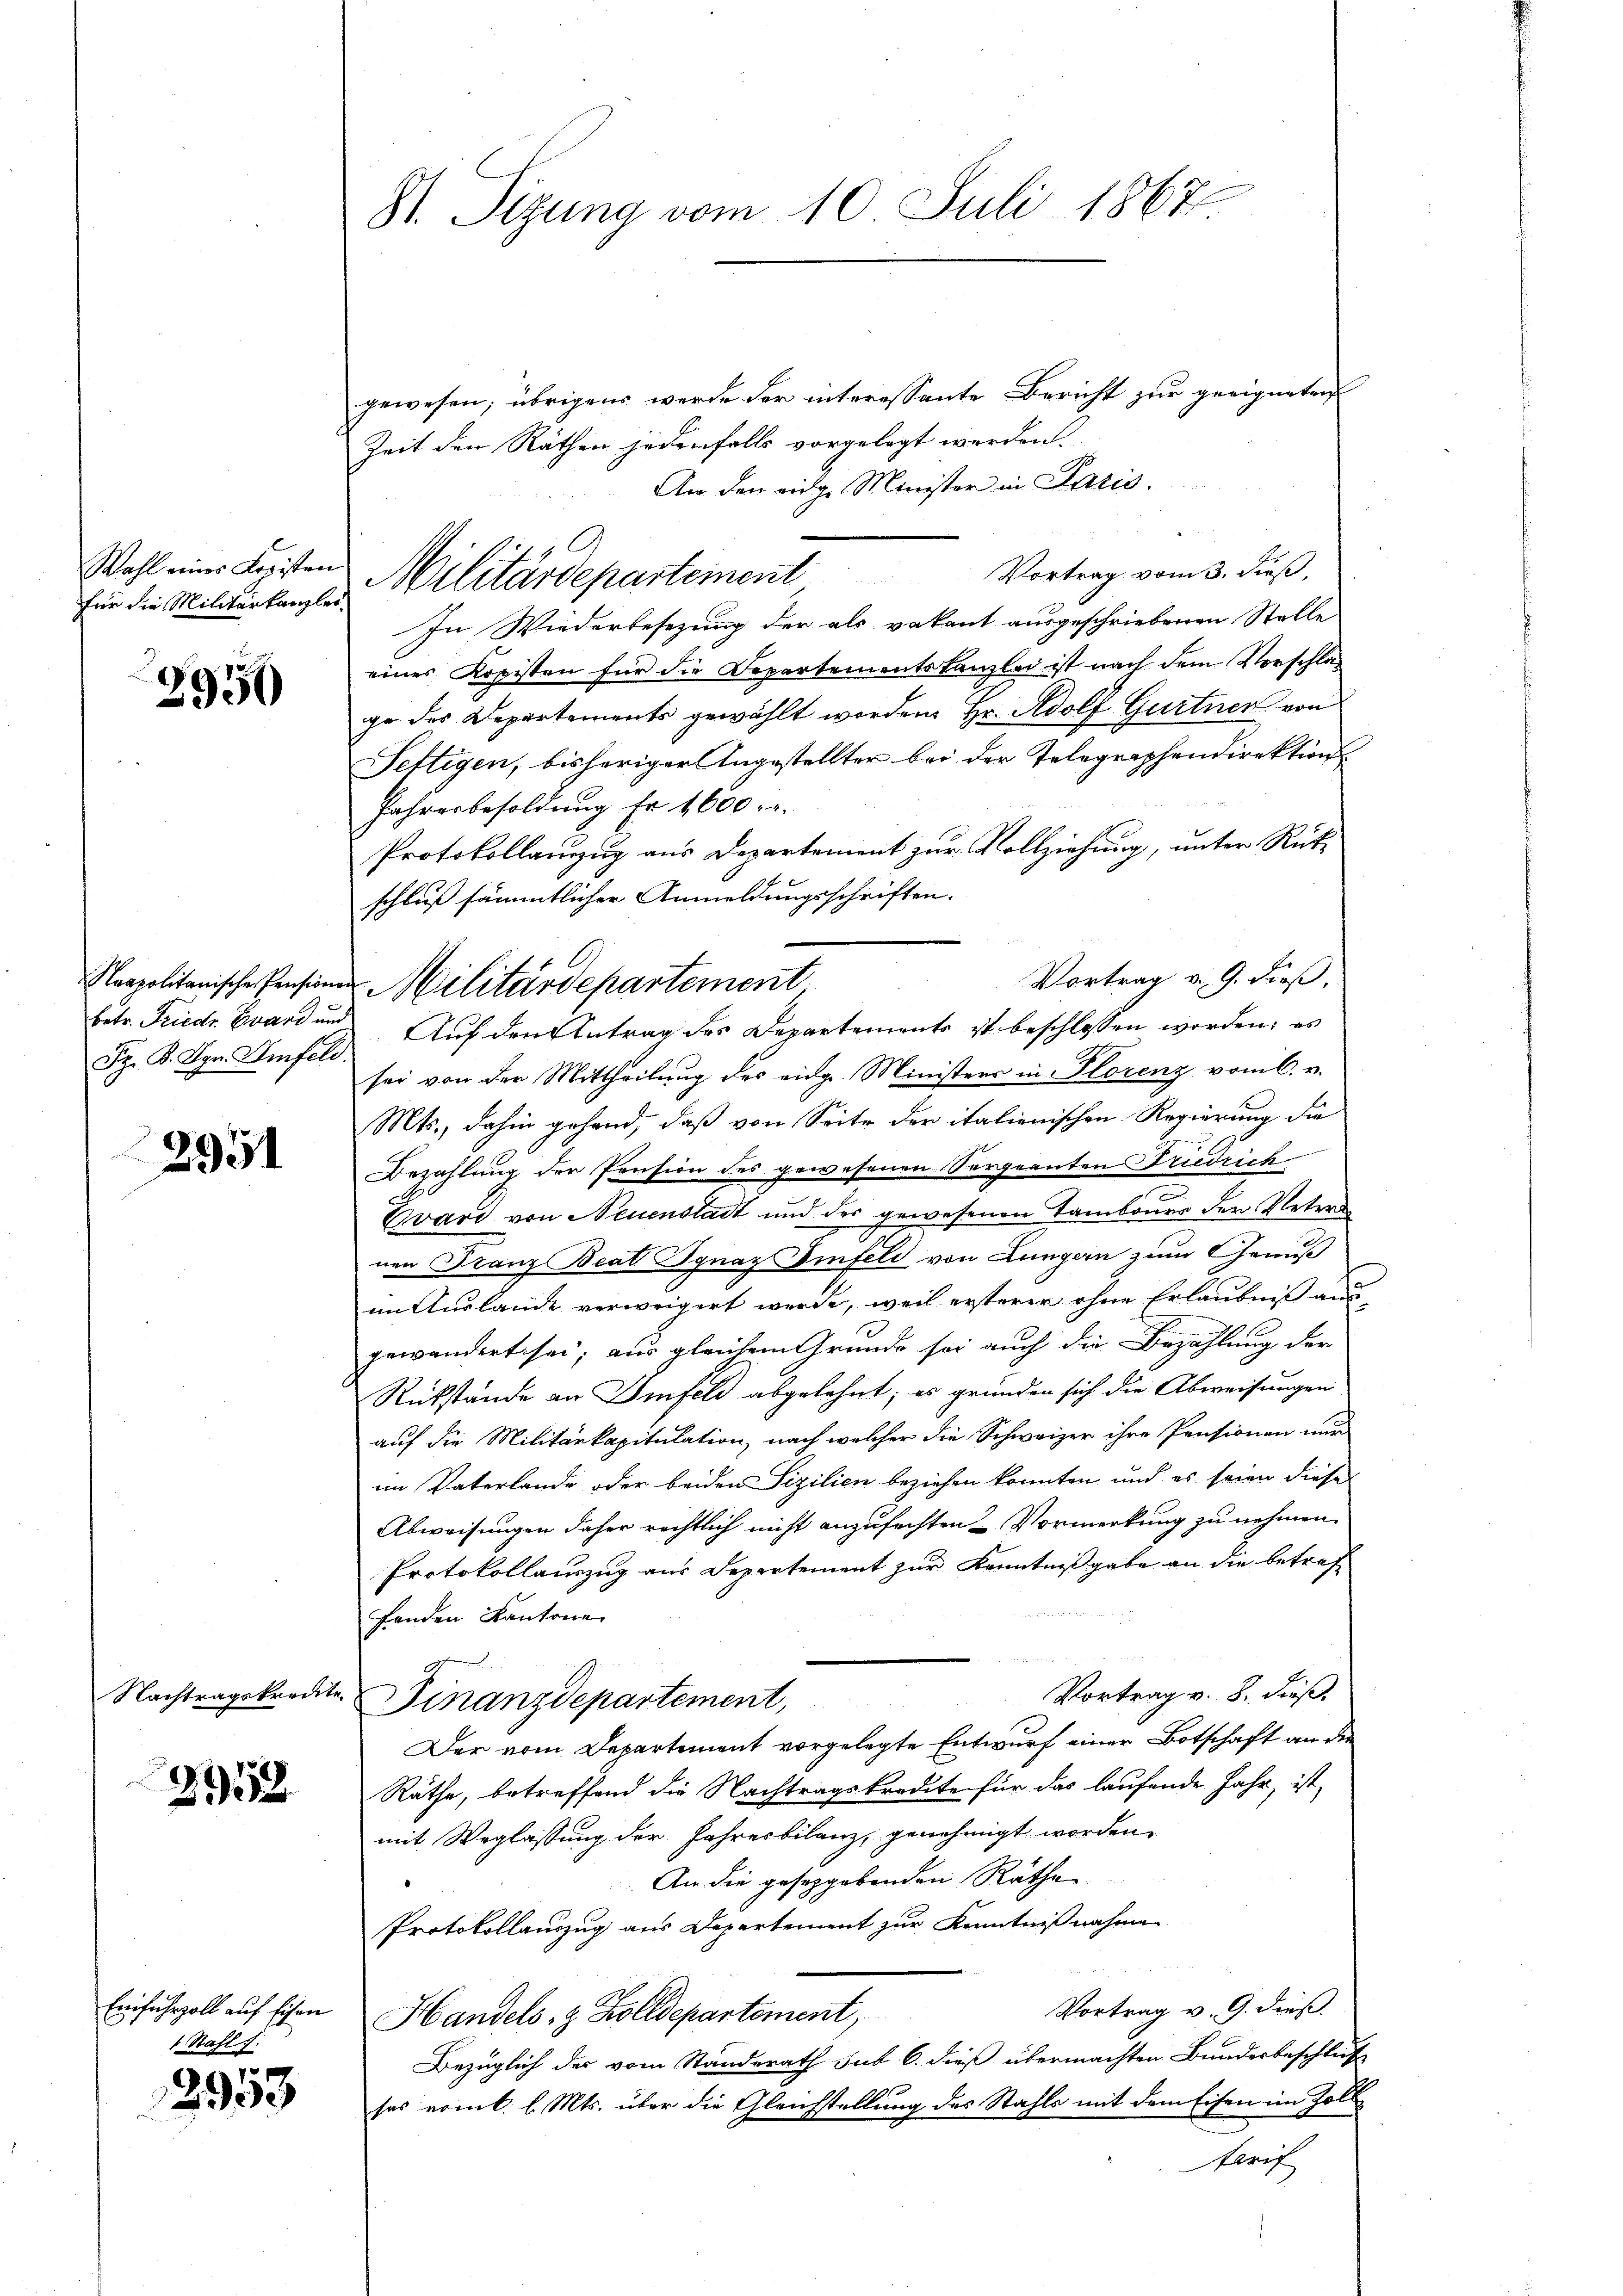
für die Militärkanzlei

2950

Fr. K. Kgr. Imfeld.

2951

Nachtragskredite

2952

Stahl f.

2953

St. Sizung vom 10. Juli 1867.

gewesen; übrigens werde der interessante Bericht zur geeigneten
Zeit den Räthen jedenfalls vorgelegt werden.
An den eidge Minister in Paris.
Wohl einer Leisten Militärdepartement Vortrag vom 3. Fŭβ,
In Wiederbesezung der als vakant ausgeschriebenen Stelle
eines Kopisten für die Departementskanzlei ist nach dem Vorschlage des Departements gewählt worden. Hr. Adolf Gurtner von
Fettigen, bisheriger Angestellter bei der Telegraphendirektion
Jahresbesoldung Fr. 1600. r.
Protokollanzug aus Departement zur Vollziehung, unter Rükschluß sämmtlicher Anmeldungsschriften.
Vortrag v. 9. dieß,
betr. Friedr Zward und Auf den Antrag des Departements ist beschlossen worden; es
sei von der Mittheilung des eidge Ministers in Florenz vom 6. v.
Mts., dahin gehend, daß von Seite der italienischen Regierung die
Bezahlung der Pension des gewesenen Sergeanten Friedrich
Evard von Neuenstadt und der gewesenen Tambours der Netzes
nen Franz Beat Ignaz Einfeld von Lungern zum Genuß
im Auslande verweigert werde, weil ersterer ohne Erlaubniß aus
gewandert sei; aus gleichem Grunde sei auch die Bezahlung der
Rückstände an Dinfeld abgelehnt; es gründen sich die Abweisungen
auf die Militärkapitulation, nach welcher die Schweizer ihre Pensionen nun
im Vaterlande oder beiden Sizilien beziehen konnten, und es seien diese
Abweisungen daher rechtlich nicht anzufechten Vormerkung zu nehmen.
Protokollauszug aus Departement zur Kenntnißgabe an die betreffenden Kantone
Vortrag v. 8. dieß.
Finanzdepartement,
Der vom Departement vorgelegte Entwurf einer Botschaft an die
Räthe, betreffend die Nachtragskredite für das laufende Jahr, ist,
mit Weglassung der Jahresbilanz, genehmigt worden,
An die gesetzgebenden Rathe
Protokollauszug aus Departement zur Kenntnißnahme
Vortrag v. 9. dieß.
Einfuhrzoll auf sichen Handels- & Zolldepartement,
Bezüglich des vom Standerath sub 6. dieß übermachten Bundesbeschluß
sos vom l. l. Mts. über die Gleichstellung des Stahls mit dem Eisen im Zoll¬
Tarif

Napolitanische Pensionen Militärdepartement